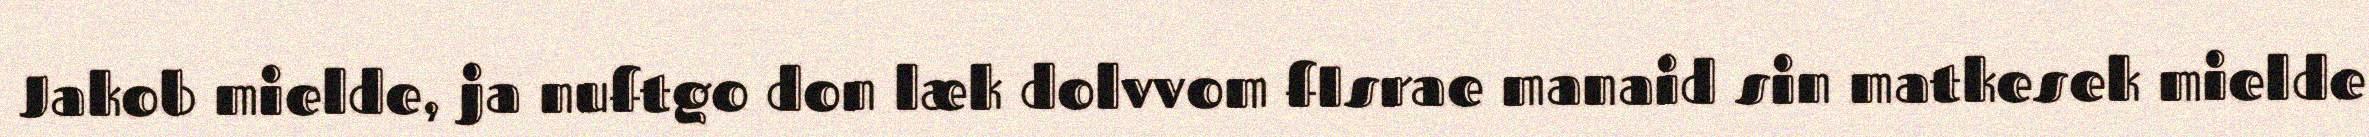
Jakob mielde, ja nuftgo don læk dolvvom fIsrae manaid sin matkesek mielde